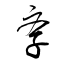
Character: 斈